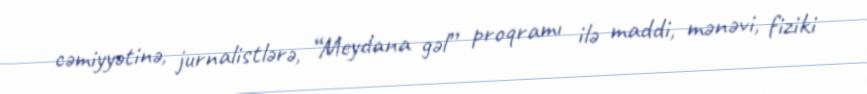
cəmiyyətinə, jurnalistlərə, “Meydana gəl” proqramı ilə maddi, mənəvi, fiziki